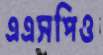
এএসপিও